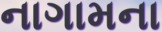
નાગામના